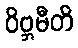
ဝိဗ္ဘမီတိ